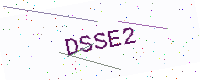
Text: DSSE2